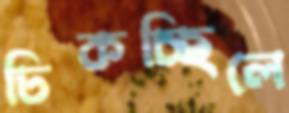
ঢিকচ্ছিলে